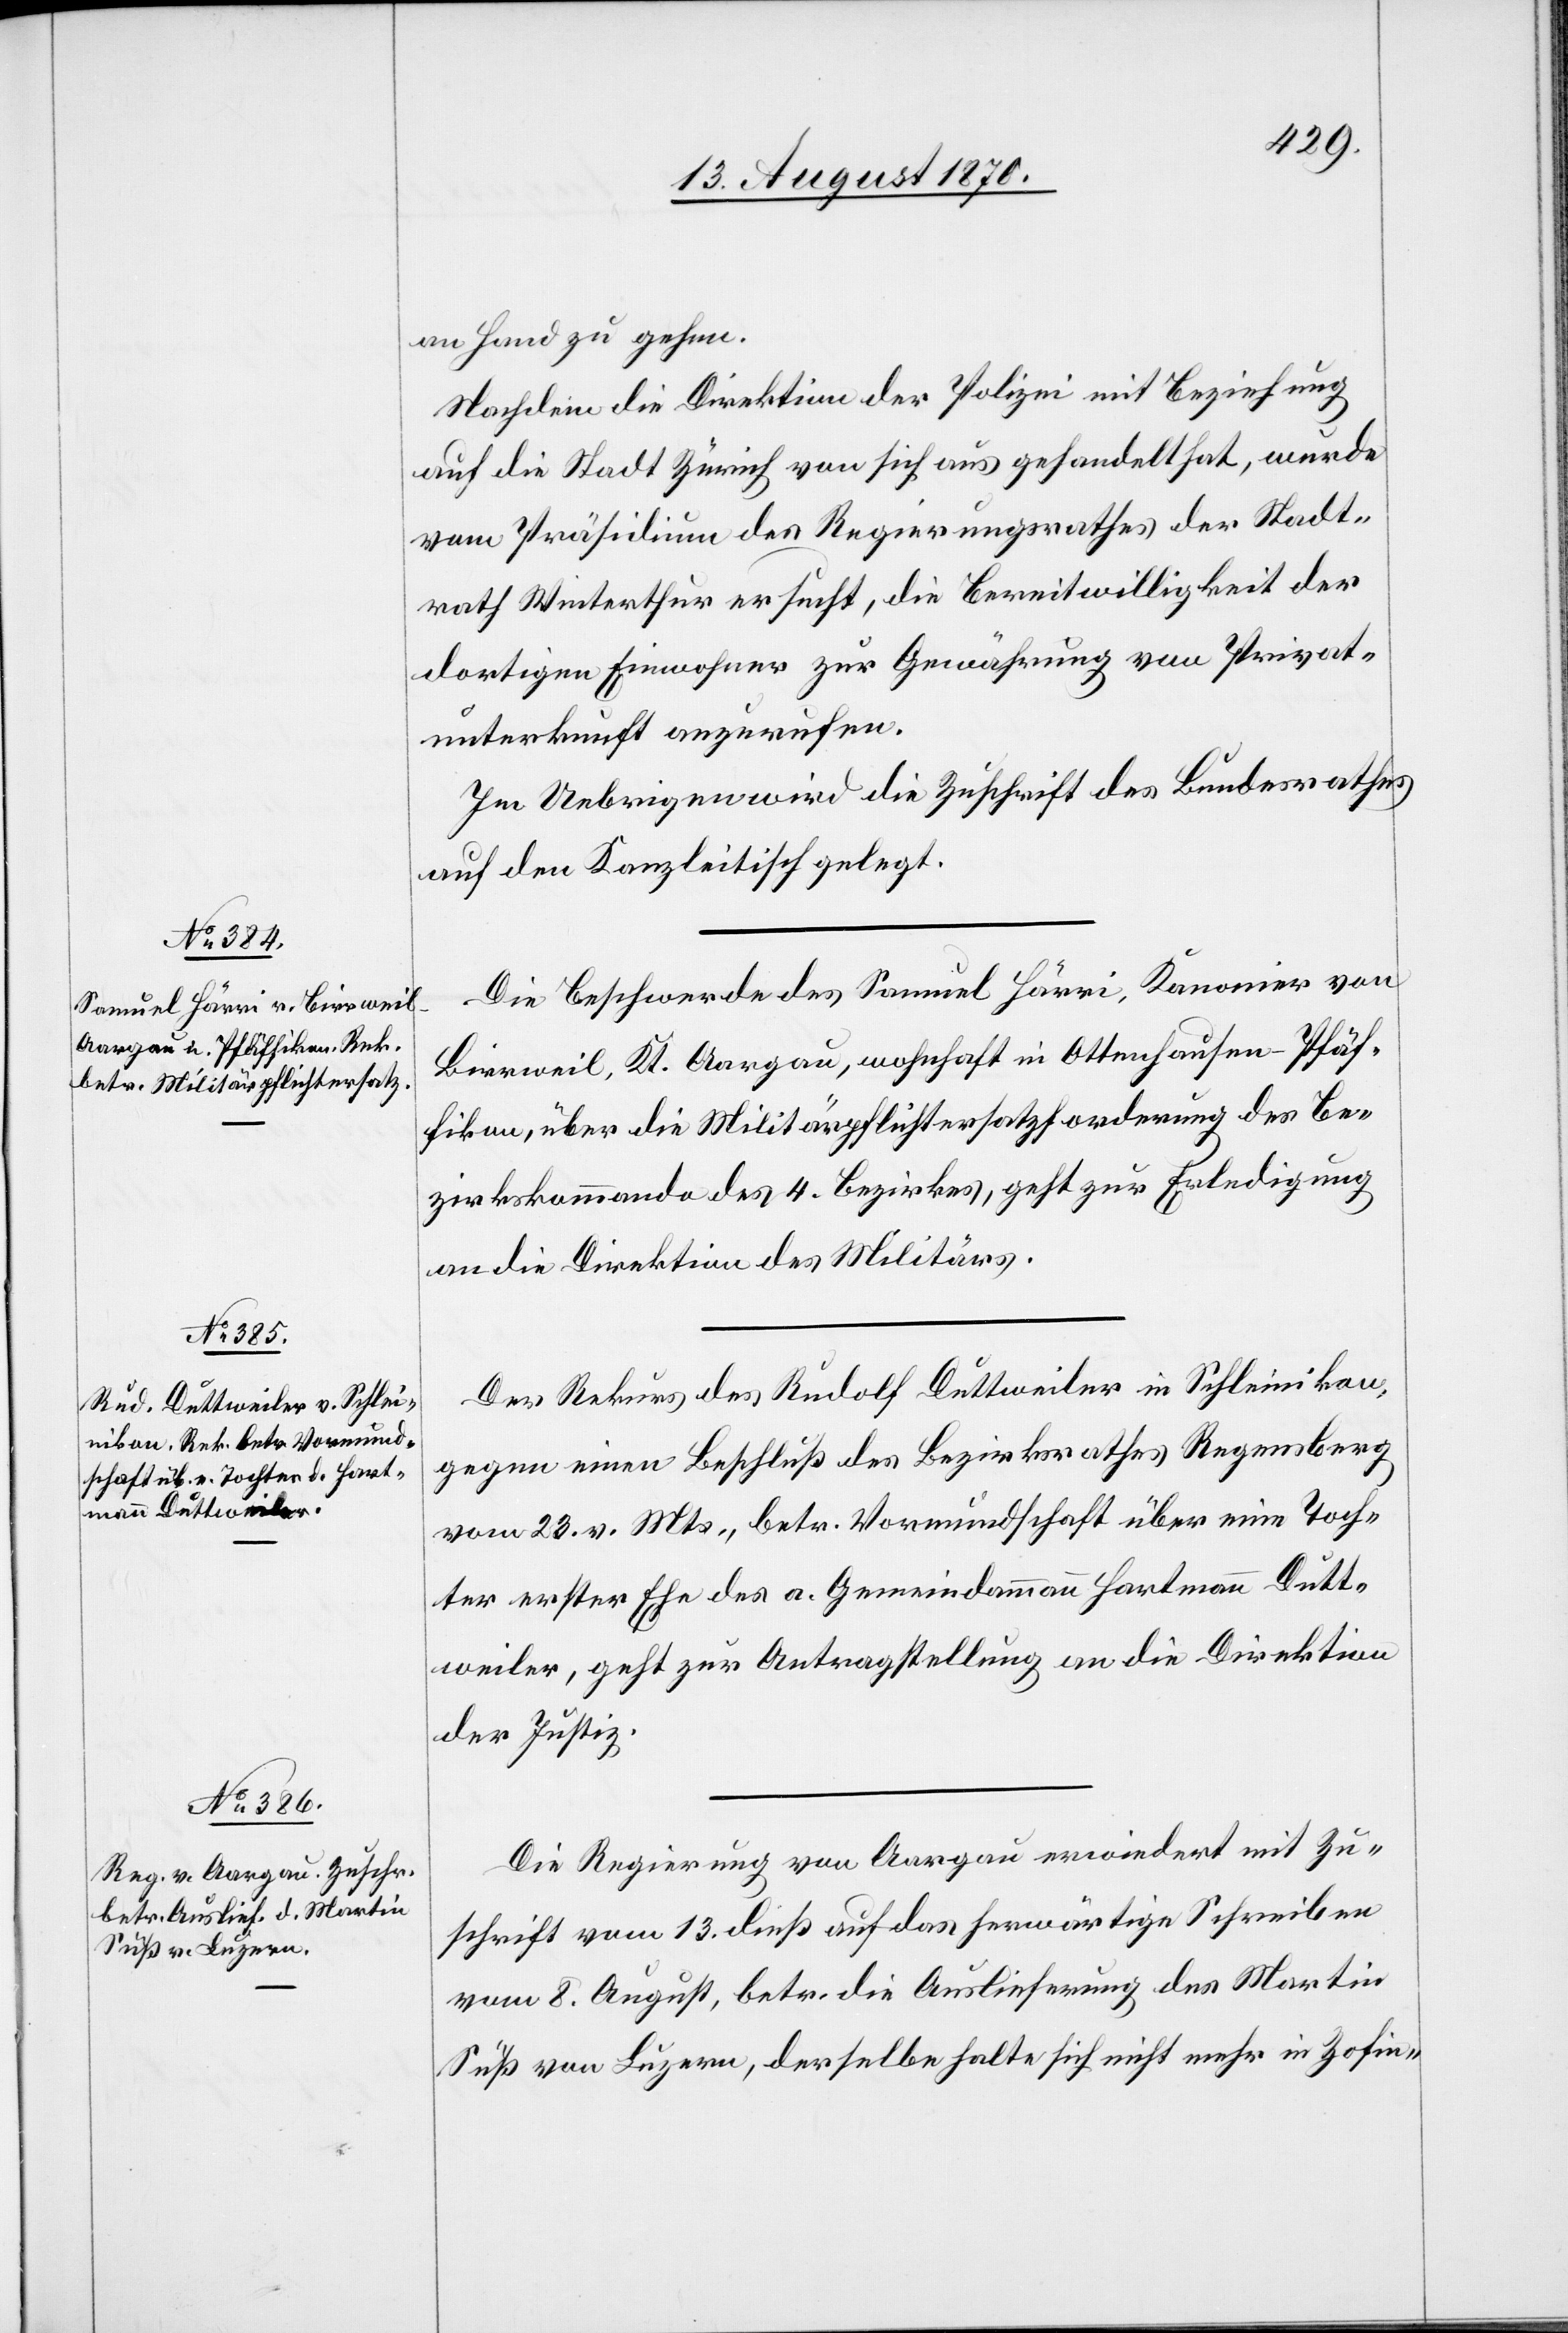
15. August 1870.]
an Hand zu gehen.
Nachdem die Direktion der Polizei mit Beziehung
auf die Stadt Zürich von sich aus gehandelt hat, wurde
vom Präsidium des Regierungsrathes der Stadt¬
rath Winterthur ersucht, die Bereitwilligkeit der
dortigen Einwohner zur Gewährung von Privat¬
unterkunft anzurufen.
Im Uebrigen wird die Zuschrift des Bundesrathes
auf den Kanzleitische gelegt.
Die Beschwerde des Samuel Härri, Kanonier von
Birrweil, Kt. Aargau, wohnhaft in Ottenhausen - Pfäf¬
fikon, über die Militärpflichtersatzforderung des Be¬
zirkskommando des 4. Bezirkes, geht zur Erledigung
an die Direktion des Militärs.
Der Rekurs des Rudolf Duttweiler in Schleinikon,
gegen einen Beschluß des Bezirksrathes Regensberg
vom 23. v. Mts., betr. Vormundschaft über eine Toch¬
ter erster Ehe des a. Gemeindammann Hartmann Dutt¬
weiler, geht zur Antragstellung an die Direktion
der Justiz.
Die Regierung von Aargau erwiedert mit Zu¬
schrift vom 13. dieß auf das herwärtige Schreiben
vom 8. August, betr. die Auslieferung des Martin
Süß von Luzern, derselbe halte sich nicht mehr in Zofin-